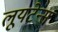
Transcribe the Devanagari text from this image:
लूयटेन्स